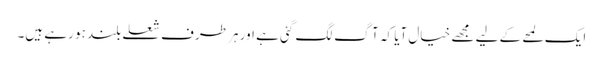
ایک لمحے کے لیے مجھے خیال آیا کہ آگ لگ گئی ہے اور ہر طرف شعلے بلند ہو رہے ہیں۔